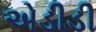
એડીડી